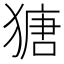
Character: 𤠯